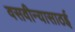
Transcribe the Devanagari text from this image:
वसवीन्यासाठई